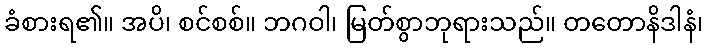
ခံစားရ၏။ အပိ၊ စင်စစ်။ ဘဂဝါ၊ မြတ်စွာဘုရားသည်။ တတောနိဒါနံ၊